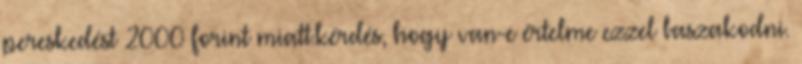
pereskedést 2000 forint miatt.kérdés, hogy van-e értelme ezzel baszakodni.